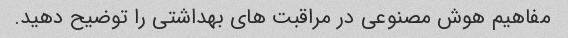
مفاهیم هوش مصنوعی در مراقبت های بهداشتی را توضیح دهید.